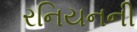
રનિયનની